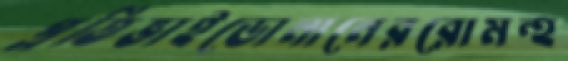
প্রতিভাইডোনানেররোমন্হ